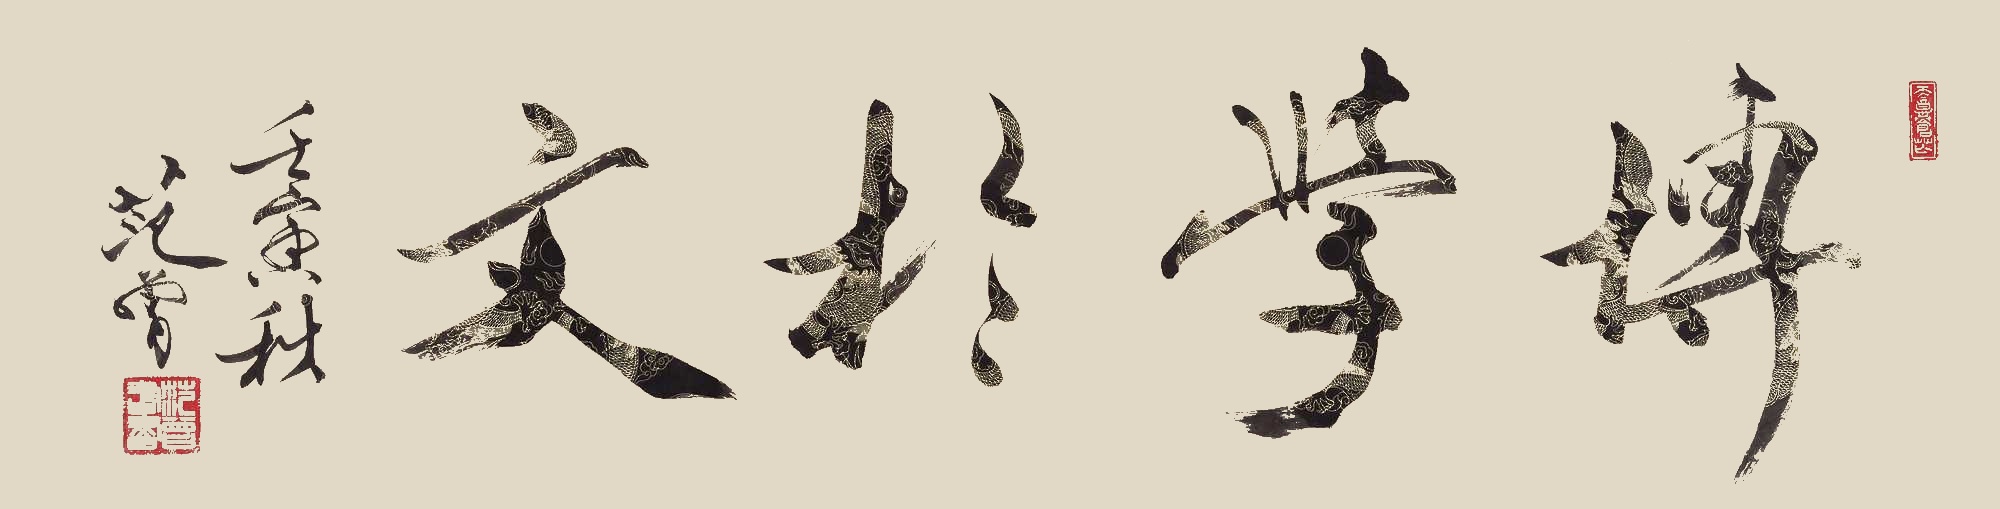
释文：博学于文壬寅秋，范曾。